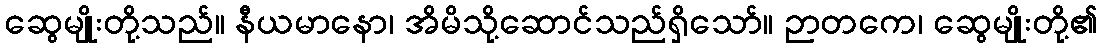
ဆွေမျိုးတို့သည်။ နီယမာနော၊ အိမိသို့ဆောင်သည်ရှိသော်။ ဉာတကေ၊ ဆွေမျိုးတို့၏